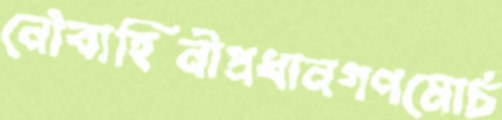
নৌবাহিনীপ্রধানগণমোর্চ